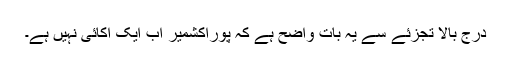
درج بالا تجزئے سے یہ بات واضح ہے کہ پوراکشمیر اب ایک اکائی نہیں ہے۔